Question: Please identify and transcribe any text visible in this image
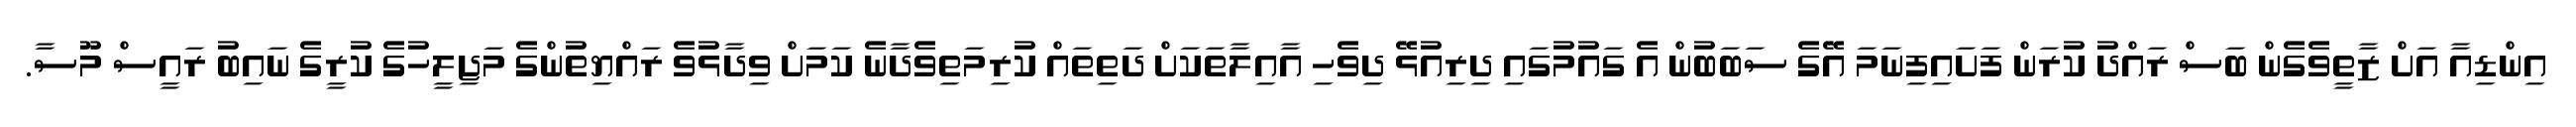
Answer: އިންޑިއާ އަށް ޒާތީވެގެން ބަސް ރައްދު ކުރަން ފަށައިފިނަމަ އޭގެ ސަބަބުން އެ ގައުމުގައި ދިރިއުޅޭ ދިވެހި އާއިލާތަކަށް ދަތިތައް ކުރިމަތިވެދާނެ ކަމަށް ވިދާޅުވެ ރައްޔިތުންގެ މަޖިލީހުގެ ކުރީގެ ނައިބު ރައީސް މޫސާ.